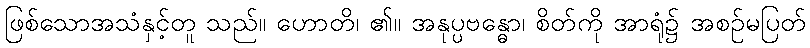
ဖြစ်သောအသံနှင့်တူ သည်။ ဟောတိ၊ ၏။ အနုပ္ပဗန္ဓော၊ စိတ်ကို အာရုံ၌ အစဉ်မပြတ်